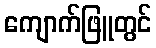
ကျောက်ဖြူတွင်